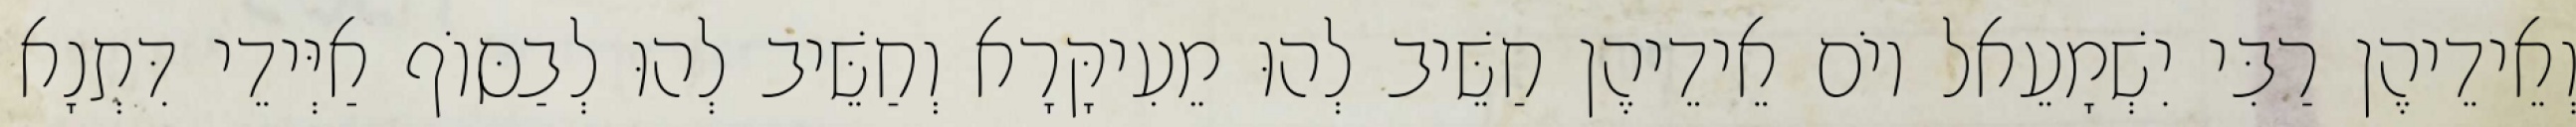
וְאֵידֵיהֶן רַבִּי יִשְׁמָעֵאל יוֹם אֵידֵיהֶן חַשֵּׁיב לְהוּ מֵעִיקָּרָא וְחַשֵּׁיב לְהוּ לְבַסּוֹף אַיְּידֵי דִּתְנָא